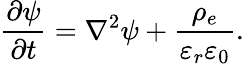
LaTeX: \frac{\partial\psi}{\partial t}=\nabla^{2}\psi+\frac{\rho_{e}}{\varepsilon_{r}\varepsilon_{0}}.